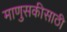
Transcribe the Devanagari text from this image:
माणुसकीसाठी